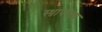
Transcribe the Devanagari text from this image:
स्थापनाव